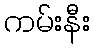
ကမ်းနီး